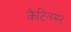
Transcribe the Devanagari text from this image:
कैटिलमेन